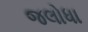
જલોધા